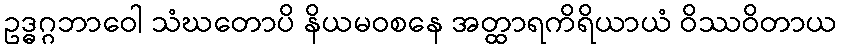
ဥဒ္ဓဂ္ဂဘာဝေါ သံဃတောပိ နိယမဝစနေ အတ္ထာရကိရိယာယံ ဝိဿဝိတာယ